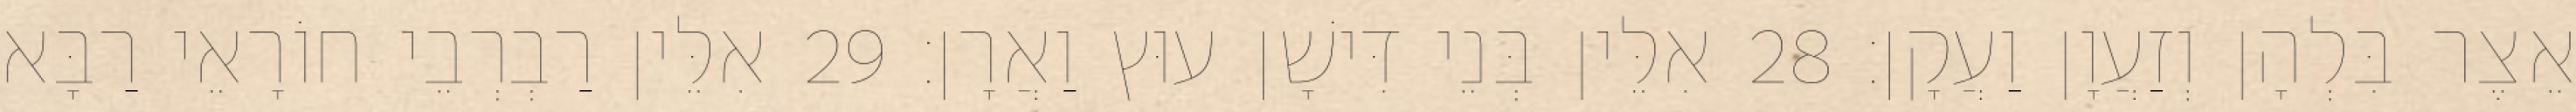
אֵצֶר בִּלְהָן וְזַעֲוָן וַעֲקָן׃ 28 אִלֵּין בְּנֵי דִּישָׁן עוּץ וַאֲרָן׃ 29 אִלֵּין רַבְרְבֵי חוֹרָאֵי רַבָּא